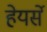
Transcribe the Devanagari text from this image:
हेयर्से